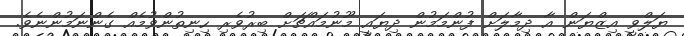
ޔަލްވީ އިޒްޔަން އާ ދިމާލަށް ފުންމަމުން ދިޔައީ މޫނުމައްޗަށް ބިރުވެރި ހިނިތުންވުމެއް ގެންނަމުންނެވެ.